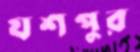
যশপুর